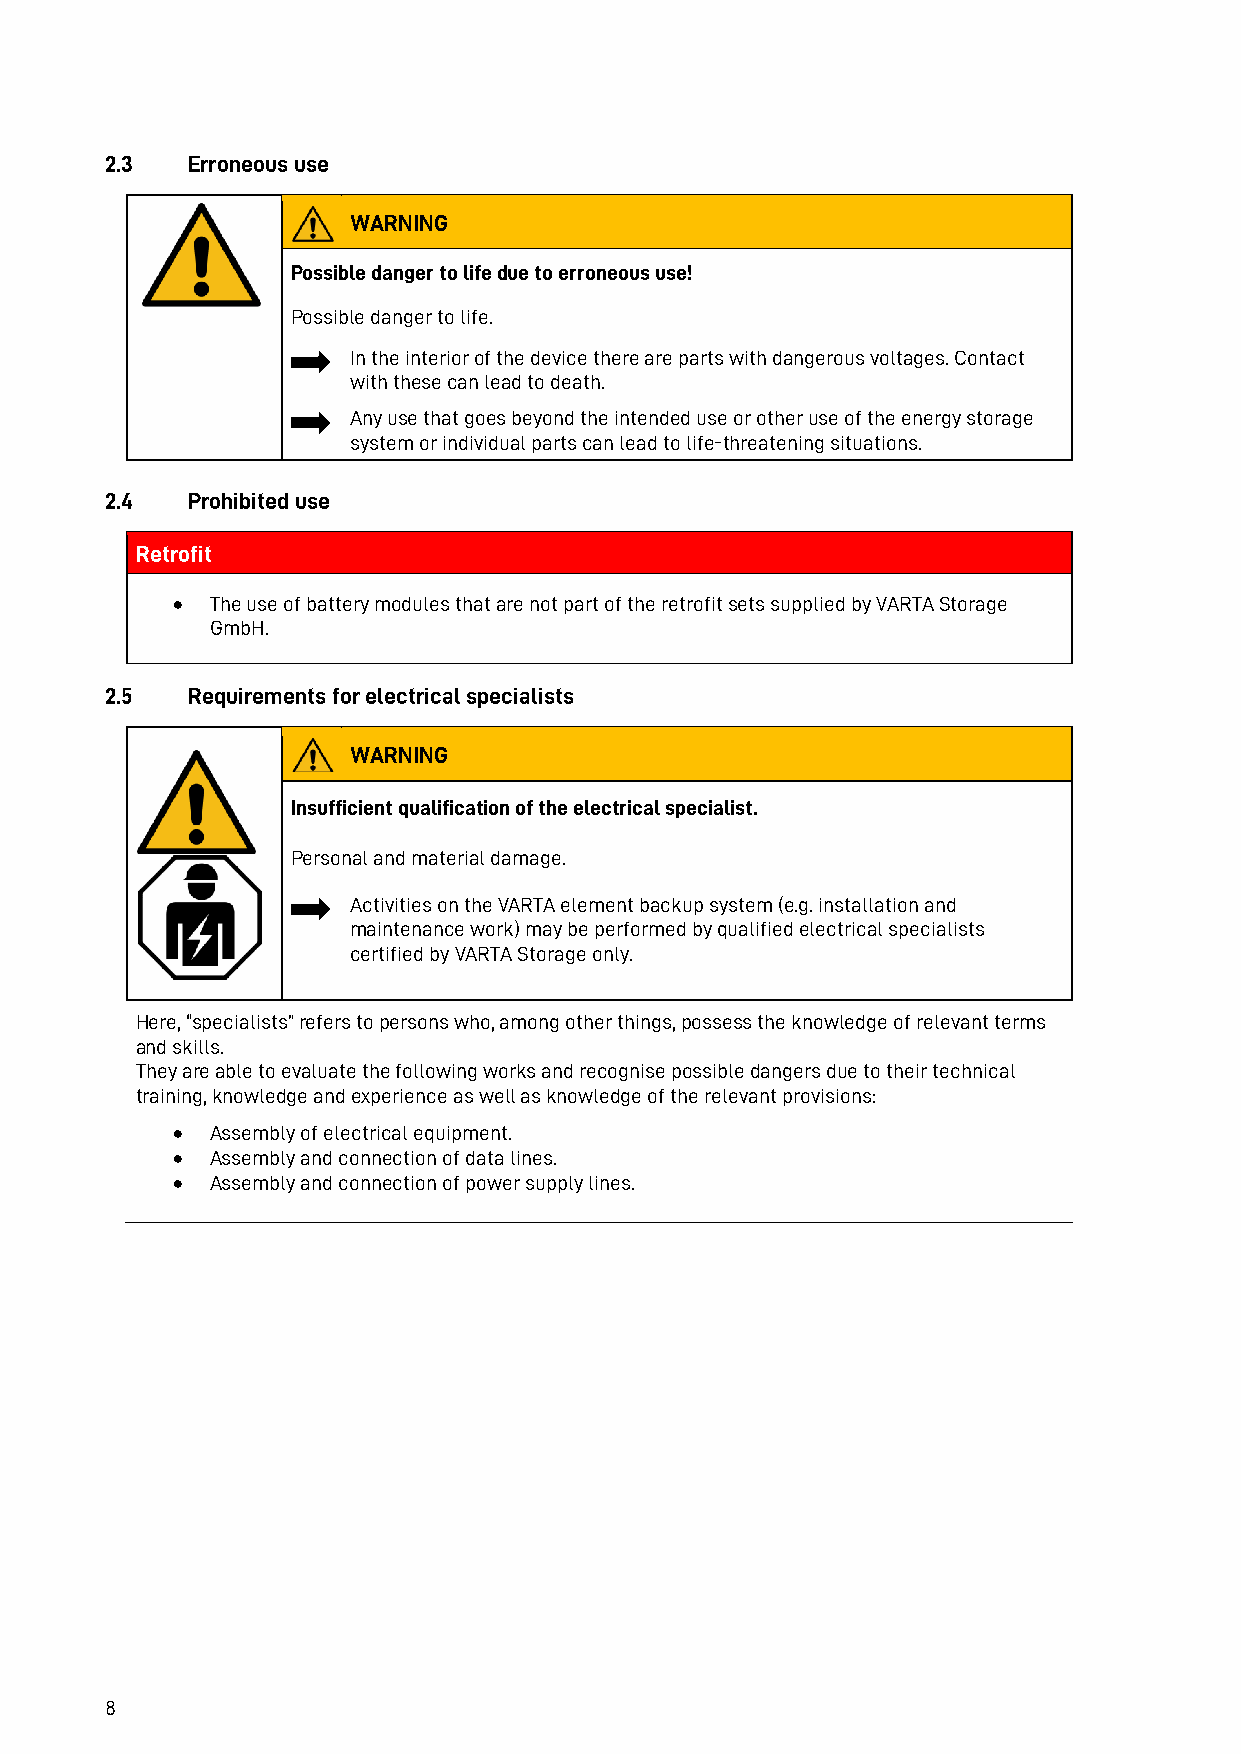
2.3  Erroneous use
 WARNING
 Possible danger to life due to erroneous use!
 Possible danger to life.
 In the interior of the device there are parts with dangerous voltages. Contact
 with these can lead to death.
 Any use that goes beyond the intended use or other use of the energy storage
 system or individual parts can lead to life-threatening situations.
 2.4  Prohibited use
 Retrofit
 •  The use of battery modules that are not part of the retrofit sets supplied by VARTA Storage
 GmbH.
 2.5  Requirements for electrical specialists
 WARNING
 Insufficient qualification of the electrical specialist.
 Personal and material damage.
 Activities on the VARTA element backup system (e.g. installation and
 maintenance work) may be performed by qualified electrical specialists
 certified by VARTA Storage only.
 Here, “specialists” refers to persons who, among other things, possess the knowledge of relevant terms
 and skills.
 They are able to evaluate the following works and recognise possible dangers due to their technical
 training, knowledge and experience as well as knowledge of the relevant provisions:
 •  Assembly of electrical equipment.
 •  Assembly and connection of data lines.
 •  Assembly and connection of power supply lines.
 8